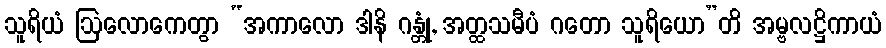
သူရိယံ ဩလောကေတွာ “အကာလော ဒါနိ ဂန္တုံ, အတ္ထသမီပံ ဂတော သူရိယော”တိ အမ္ဗလဋ္ဌိကာယံ